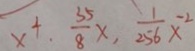
x ^ { + } , \frac { 3 5 } { 8 } x , \frac { 1 } { 2 5 6 } x ^ { - 2 }